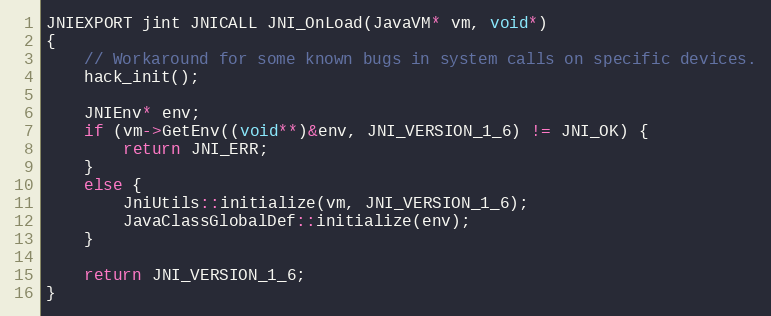
Language: C++
JNIEXPORT jint JNICALL JNI_OnLoad(JavaVM* vm, void*)
{
    // Workaround for some known bugs in system calls on specific devices.
    hack_init();

    JNIEnv* env;
    if (vm->GetEnv((void**)&env, JNI_VERSION_1_6) != JNI_OK) {
        return JNI_ERR;
    }
    else {
        JniUtils::initialize(vm, JNI_VERSION_1_6);
        JavaClassGlobalDef::initialize(env);
    }

    return JNI_VERSION_1_6;
}